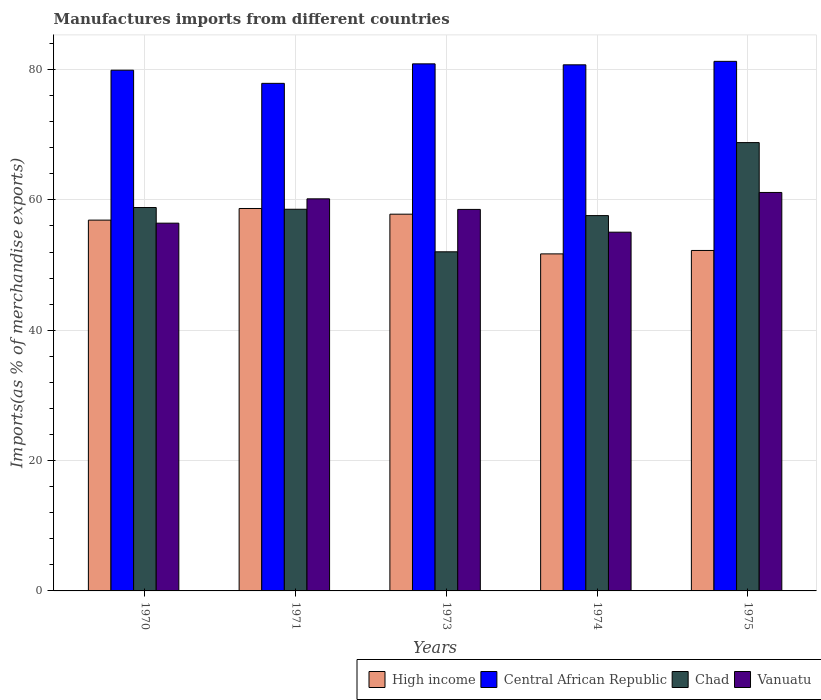
| Years | High income | Central African Republic | Chad | Vanuatu |
 | --- | --- | --- | --- | --- |
 | 1970 | 56.9 | 79.9 | 58.8 | 56.4 |
 | 1971 | 58.7 | 77.9 | 58.6 | 60.2 |
 | 1973 | 57.8 | 80.9 | 52 | 58.5 |
 | 1974 | 51.7 | 80.7 | 57.6 | 55.1 |
 | 1975 | 52.2 | 81.3 | 68.8 | 61.1 |